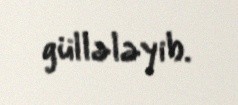
güllələyib.